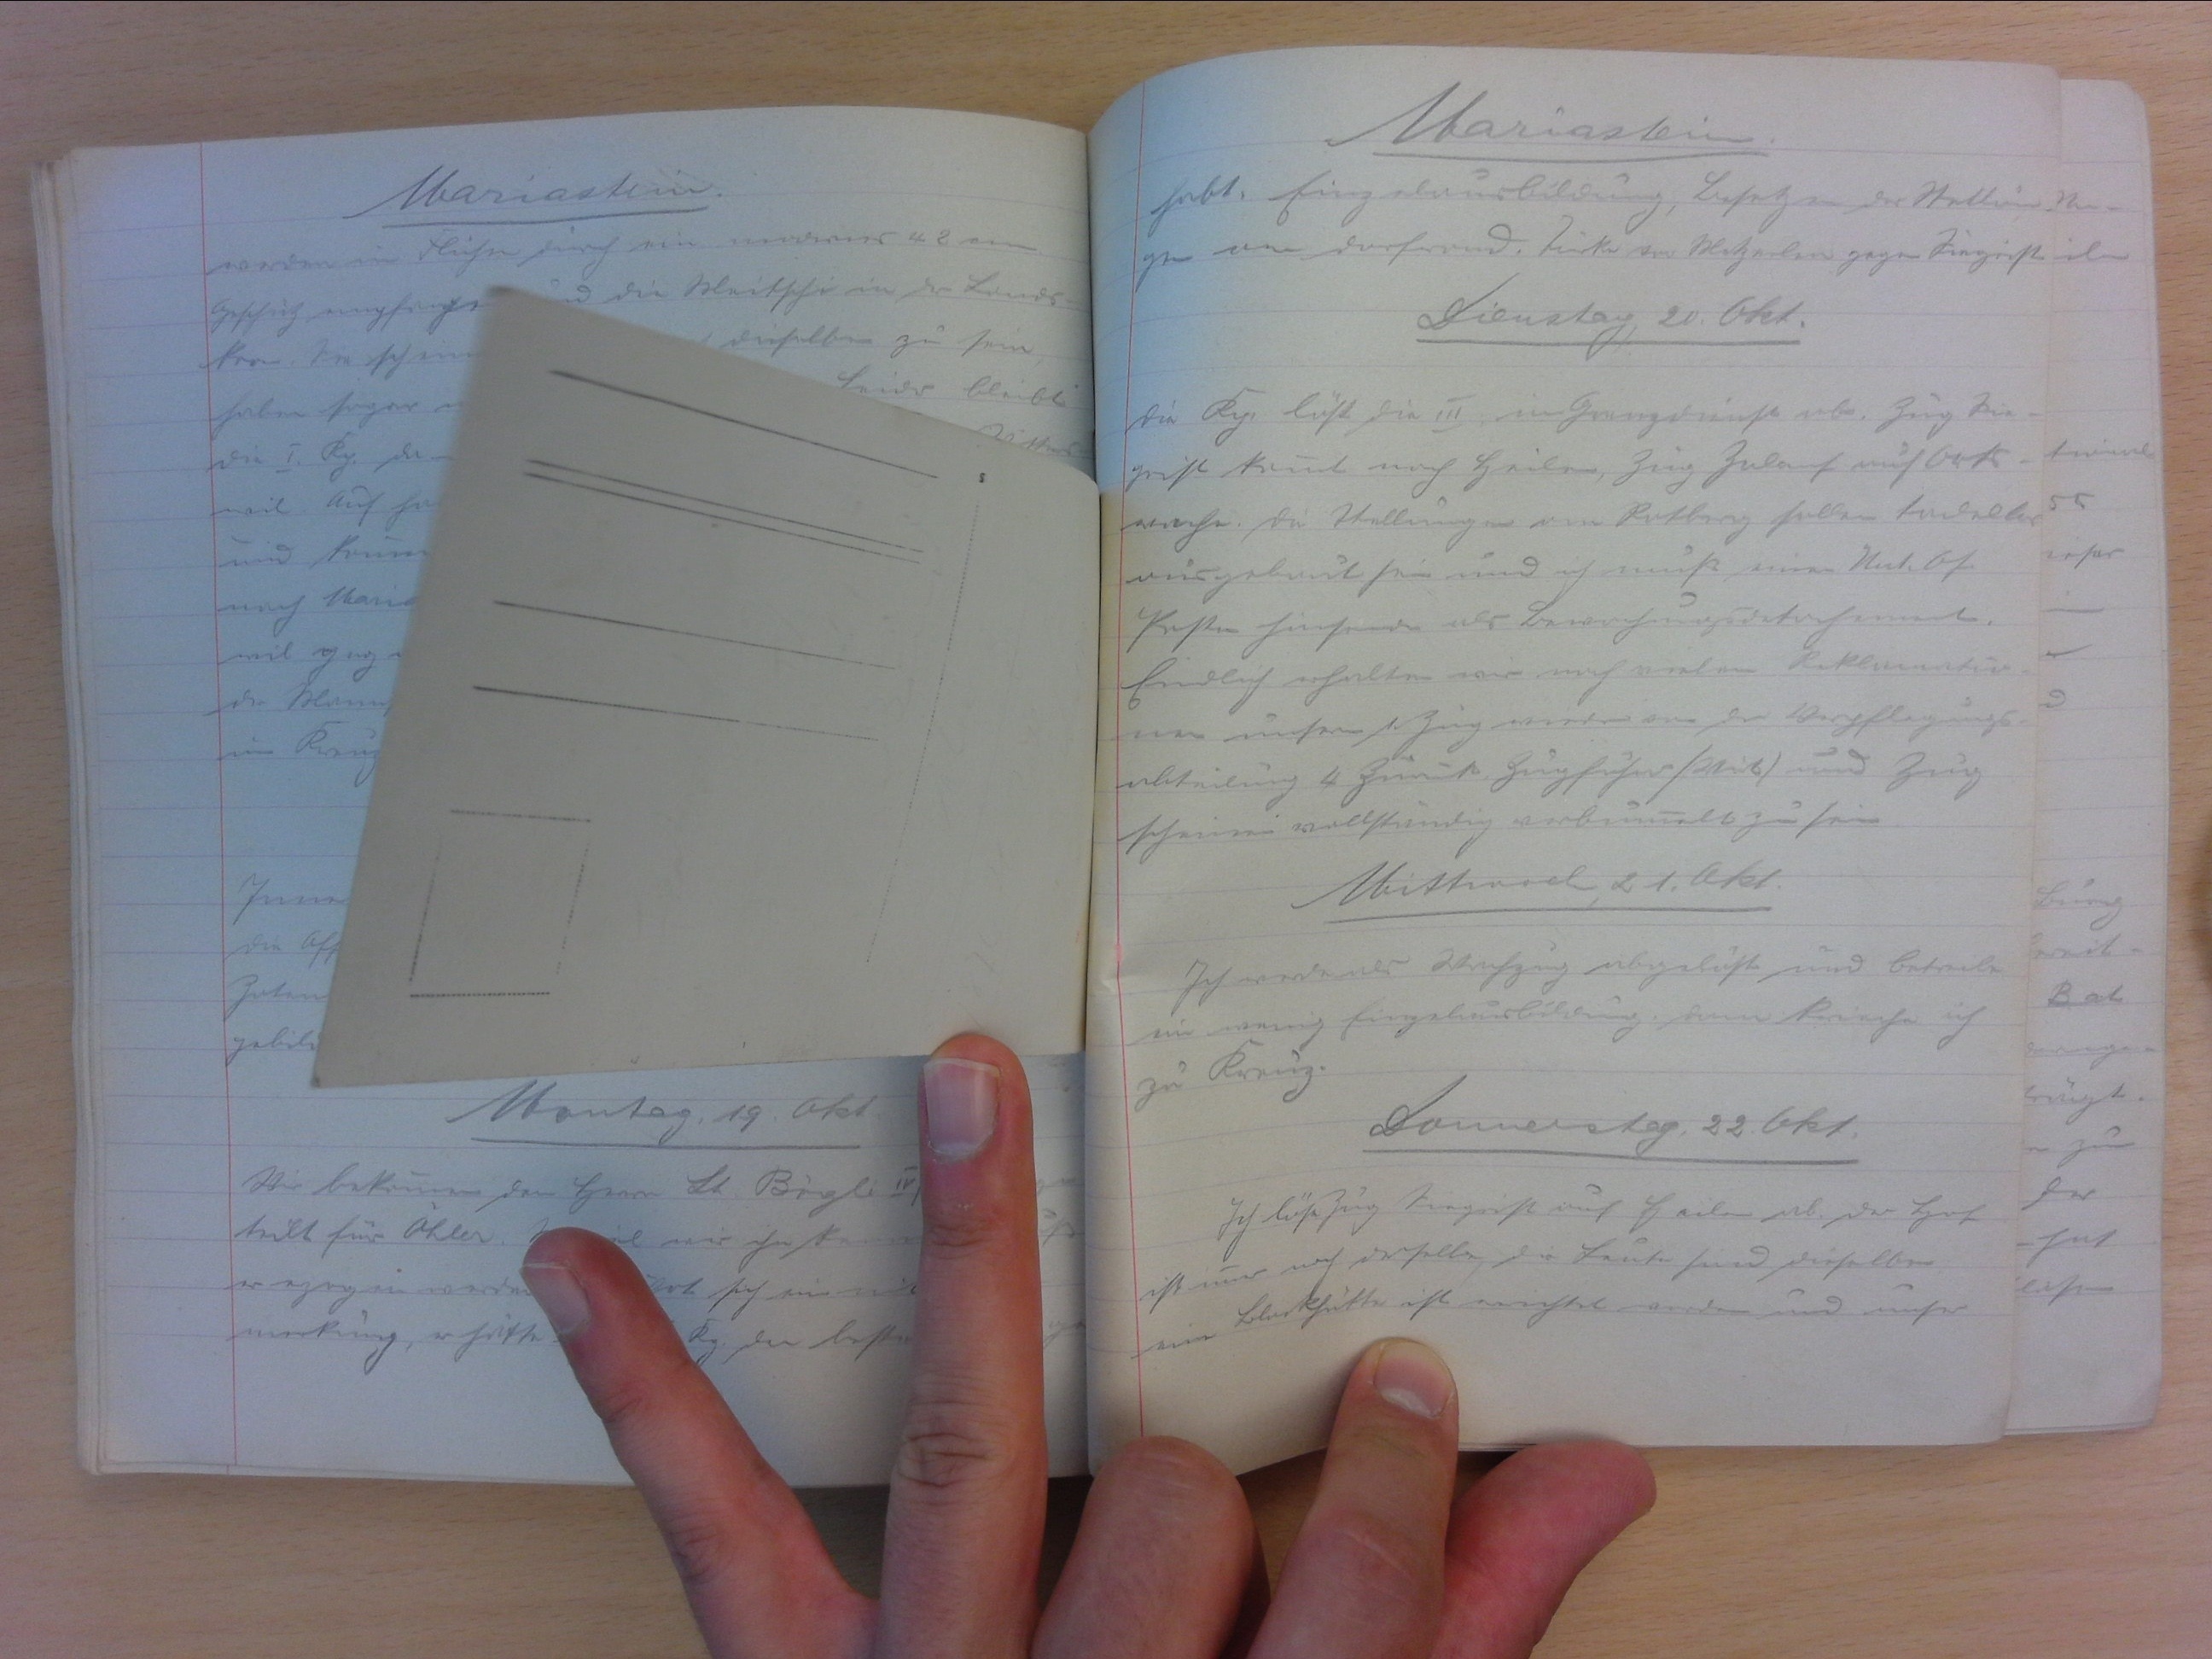
Mariastein
habt. Einzelausbildung, Besetzen der Stellun-
gen am Dorfrand. Türke im Metzerlen gegen Siegrist.
Dienstag, 23. Okt.
Die Kp. löst die III. im Grenzelienst ab. Zug Sie-
grist kommt nach Heilen, Zug Zulauf auf Orts-
wache. Die Stellungen am Rotberg sollen tadellos
ausgebaut sein und ich muss Unt. Of.
Posten hinsenden als Bewachungsdetachement.
Endlich erhalten wir erhalten nach vielen Reklamatio-
nen unsern 1. Zug wieder von der Verpflegungs-
abteilung 4. zurück. Zugführer (Wirt), und Zug
scheinen vollständig  vermbummelt zu sein.
Mittwoch, 21. Okt.
Ich werde als Wachzug abgelöst und betreibe
ein wenig Einzelausbildung. Dann krieche ich
zu Kreuz.
Donnerstag, 22. Okt.
Ich löse Zug Siegrist auf Heilen ab. Der Hof
ist immer noch derselbe, die Leute sind dieselben.
eine Blockhütte ist errichtet worden und unser